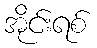
အိုင်းရစ်